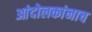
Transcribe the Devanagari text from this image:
आंदोलकांनाच